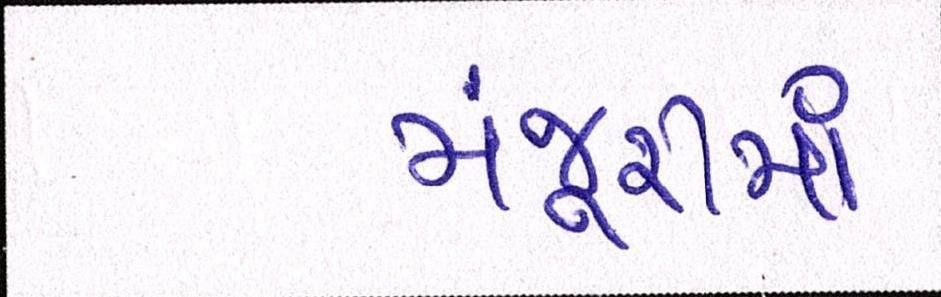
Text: મંજૂરીમાં